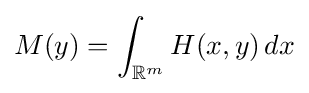
M(y)=\int _{\mathbb {R} ^{m}}H(x,y)\,dx